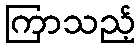
ကြာသည့်